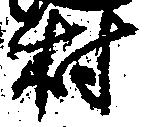
村